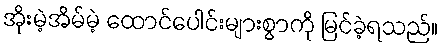
အိုးမဲ့အိမ်မဲ့ ထောင်ပေါင်းများစွာကို မြင်ခဲ့ရသည်။